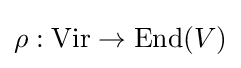
\rho :\mathrm {Vir} \rightarrow \mathrm {End} (V)